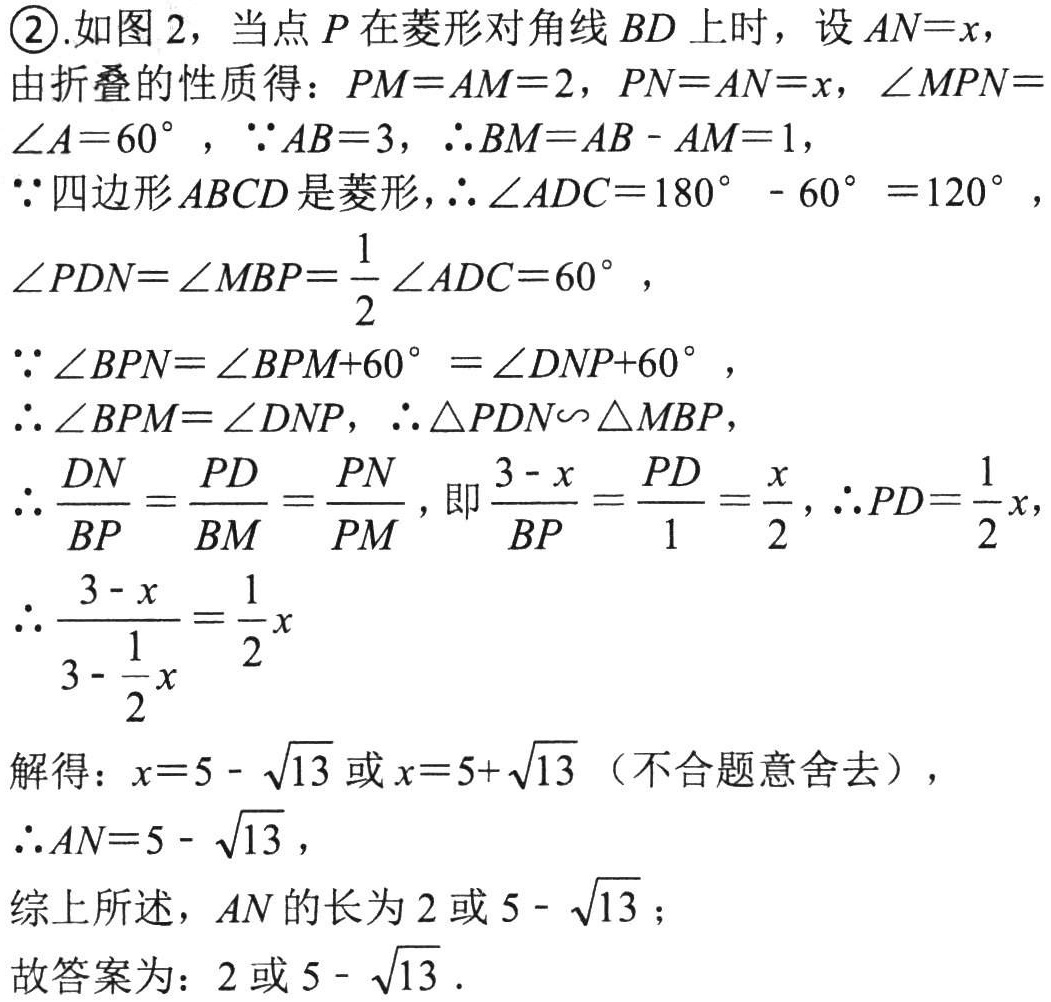
\textcircled{2}.如图 2，当点 \(P\) 在菱形对角线 \(BD\) 上时，设 \(AN = x\)，
由折叠的性质得：\(PM = AM = 2\)，\(PN = AN = x\)，\(\angle MPN=\angle A = 60^{\circ}\)，\(\because AB = 3\)，\(\therefore BM=AB - AM = 1\)，
\(\because\)四边形 \(ABCD\) 是菱形，\(\therefore\angle ADC = 180^{\circ}-60^{\circ}=120^{\circ}\)，
\(\angle PDN=\angle MBP=\frac{1}{2}\angle ADC = 60^{\circ}\)，
\(\because\angle BPN=\angle BPM + 60^{\circ}=\angle DNP + 60^{\circ}\)，
\(\therefore\angle BPM=\angle DNP\)，\(\therefore\triangle PDN\sim\triangle MBP\)，
\(\therefore\frac{DN}{BP}=\frac{PD}{BM}=\frac{PN}{PM}\)，即\(\frac{3 - x}{BP}=\frac{PD}{1}=\frac{x}{2}\)，\(\therefore PD=\frac{1}{2}x\)，
\(\therefore\frac{3 - x}{3-\frac{1}{2}x}=\frac{1}{2}x\)
解得：\(x = 5-\sqrt{13}\) 或 \(x = 5+\sqrt{13}\)（不合题意舍去），
\(\therefore AN = 5-\sqrt{13}\)，
综上所述，\(AN\) 的长为 \(2\) 或 \(5-\sqrt{13}\)；
故答案为：\(2\) 或 \(5-\sqrt{13}\)．